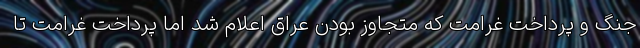
جنگ و پرداخت غرامت که متجاوز بودن عراق اعلام شد اما پرداخت غرامت تا